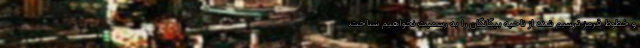
و خطوط قرمز ترسیم شده از ناحیه بیگانگان را به رسمیت نخواهیم شناخت.